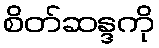
စိတ်ဆန္ဒကို